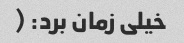
خیلی زمان برد: (